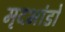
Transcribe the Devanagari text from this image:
मृदभांडों